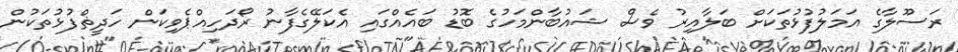
ރަސޫލާގެ އަމަލުފުޅުތަކަށް ބަލާއިރު ވެސް ޝައުބާންމަހުގެ ބޮޑު ބައެއްގައި އެކަލޭގެފާނު ރޯދަހިއްޕެވިކަން ހަދީޡްފުޅުތަކުން